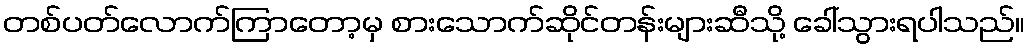
တစ်ပတ်လောက်ကြာတော့မှ စားသောက်ဆိုင်တန်းများဆီသို့ ခေါ်သွားရပါသည်။